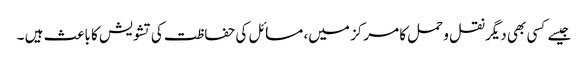
جیسے کسی بھی دیگر نقل و حمل کا مرکز میں، مسائل کی حفاظت کی تشویش کا باعث ہیں ۔